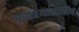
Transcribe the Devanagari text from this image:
प्रवाश्यासाठीच